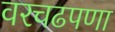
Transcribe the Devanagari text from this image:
वरचढपणा